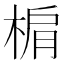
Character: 𣓖